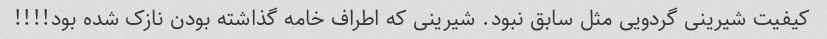
کیفیت شیرینی گردویی مثل سابق نبود. شیرینی که اطراف خامه گذاشته بودن نازک شده بود!!!!